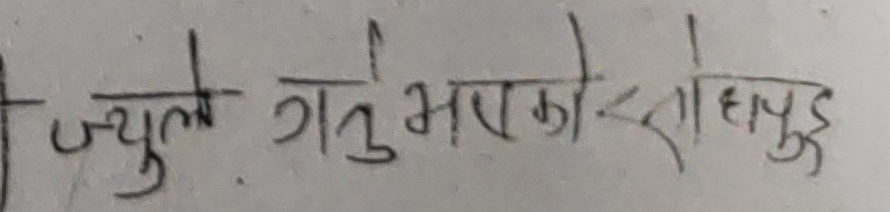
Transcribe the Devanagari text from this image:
ज्युले गयुभएको < राहापुरु